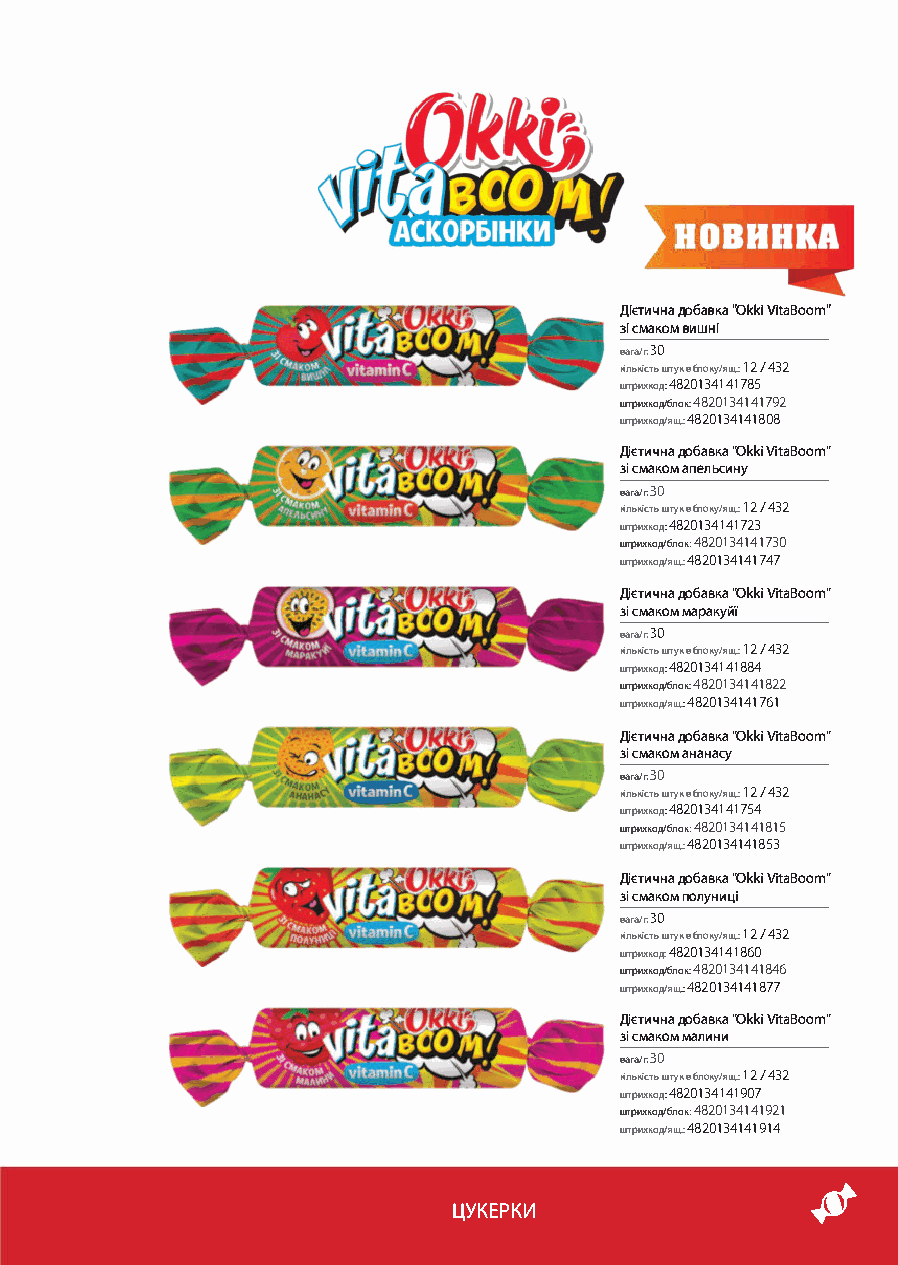
Дієтична добавка "Okki VitaBoom"
 зі смаком вишні
 вага/г: ЗО
 кількість штукв блоку/ящ.: l 2 / 432
 ш,ри«одА820134141785
 ш,рих,одfблокА820134141792
 ш,рихкод/ящ., 482013 41 41 808
 Дієтична добавка "Okki VitaBoom"
 зі смаком апельсину
 вага/г: 30
 кількість ш-тукв блоку/ящ.: l 2 / 432
 ш,рихкодА820134141723
 ш,рихкод/блокс 4820134141730
 ш,рихкод/ящ., 482013 4141 74 7
 Дієтична добавка "Okki VitaBoom"
 зі смаком маракуйї
 вага/г: ЗО
 кількість штукв блоку/ящ.: l 2 / 432
 ш,рихкодА820134141884
 ш,рихкод/блокА820134141822
 ш,рихкод/ящ.А820134141761
 Дієтична добавка "Okki VitaBoom"
 зі смаком ананасу
 вага/г: 30
 кількість ш-тукв блоку/ящ.: l 2 / 432
 ш,рихкодА820134141754
 ш,рихкод/блокс 4820134141815
 ш,рихкод/ящ., 482013 4141 853
 Дієтична добавка "Okki VitaBoom"
 зі смаком полуниці
 вага/г: ЗО
 кількість ш-тукв блоку/ящ.: 12 / 432
 ш,рихкод,4820134141860
 ш,рихкод/блокА820134141846
 ш,рихкод/ящ.А820134141877
 Дієтична добавка "Okki VitaBoom"
 зі смаком малини
 вага/г: 30
 кількість ш-тукв блоку/ящ.: 12 / 432
 ш,рихкодА820134141907
 ш,рихкод/блокс 4820134141921
 ш,рихкод/ящ., 482013 4141 914
 ЦУКЕРКИ                 .;